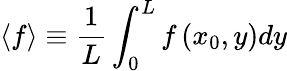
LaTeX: \left\langle f\right\rangle\equiv\frac{1}{L}\int_{0}^{L}f\left(x_{0},y\right)dy